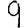
Digit: 9